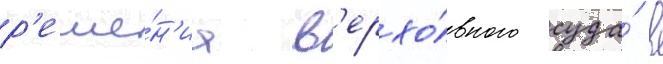
р'еше́н'иа в'ерхо́вного суда́ в